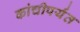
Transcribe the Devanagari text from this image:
कांचीपर्यंत